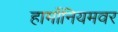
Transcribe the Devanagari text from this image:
हार्मोनियमवर